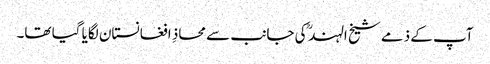
آپ کے ذمے شیخ الہند ؒ کی جانب سے محاذِ افغانستان لگایا گیا تھا۔